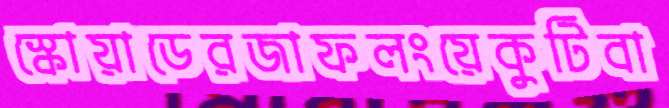
স্কোয়াডেরজাফলংয়েকুটিবা